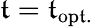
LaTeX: \mathfrak{t}=\mathfrak{t}_{\mathrm{{op\mathfrak{t}.}}}